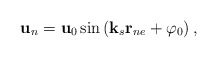
\begin{align*}{\bf u}_{n}={\bf u}_{0}\sin \left( {\bf k}_{s}{\bf r}_{ne}+\varphi_{0}\right) , \end{align*}